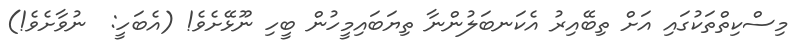
މިސްކިތްތަކުގައި އަށް ތިބޭއިރު އެކަނބަލުންނާ ތިޔަބައިމީހުން ބީހި ނޫޅޭށެވެ! (އެބަހީ:  ނުވާށެވެ!)